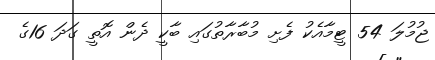
ޖުމުލަ 54 ޓީމާއެކު ފެށި މުބާރާތުގައި ބާކީ ދެން އޮތީ ގަދަ 16ގެ